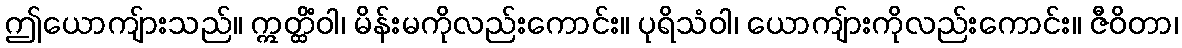
ဤယောကျ်ားသည်။ ဣတ္ထိံဝါ၊ မိန်းမကိုလည်းကောင်း။ ပုရိသံဝါ၊ ယောကျ်ားကိုလည်းကောင်း။ ဇီဝိတာ၊